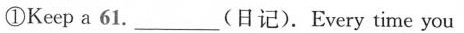
①Keep a 61. ___ (日记).Every time you